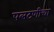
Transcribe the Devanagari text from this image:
पलटणीचा